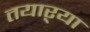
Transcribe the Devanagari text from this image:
तयाऱ्या